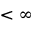
< \infty